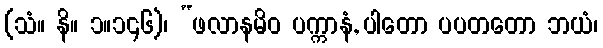
(သံ။ နိ။ ၁။၁၄၆)၊ “ဖလာနမိဝ ပက္ကာနံ, ပါတော ပပတတော ဘယံ၊